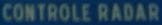
CONTROLE RADAR